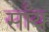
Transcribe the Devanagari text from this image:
साँय